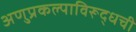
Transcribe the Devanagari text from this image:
अणुप्रकल्पाविरूद्धची